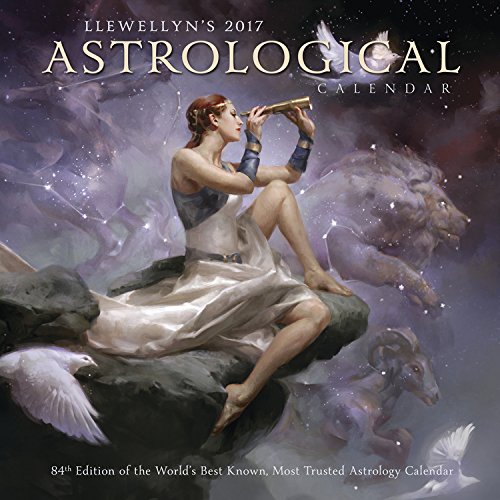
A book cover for Llewellyn's 2017 Astrological Calendar: 84th Edition of the World's Best Known, Most Trusted Astrology Calendar; Llewellyn; Religion & Spirituality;